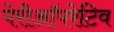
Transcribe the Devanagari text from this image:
पेरीऑपरेटिव